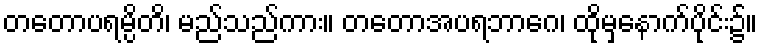
တတောပရမ္ပိတိ၊ မည်သည်ကား။ တတောအပရဘာဂေ၊ ထိုမှနောက်ပိုင်း၌။